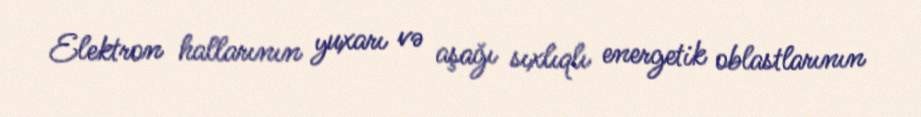
Elektron hallarının yuxarı və aşağı sıxlıqlı energetik oblastlarının